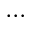
\cdots